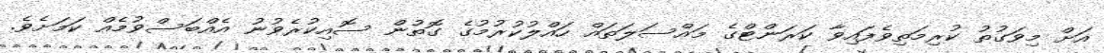
އަށް މިވަގުތު ކުރިމަތިވެފައިވާ ކަރަންޓްގެ މައްސަލަތައް ހައްލުކުރުމުގެ ގޮތުން ސޮއިކުރެވުނު އެއްބަސްވުމެއް ކަމަށެވެ.